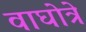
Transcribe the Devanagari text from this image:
वाघोत्रे